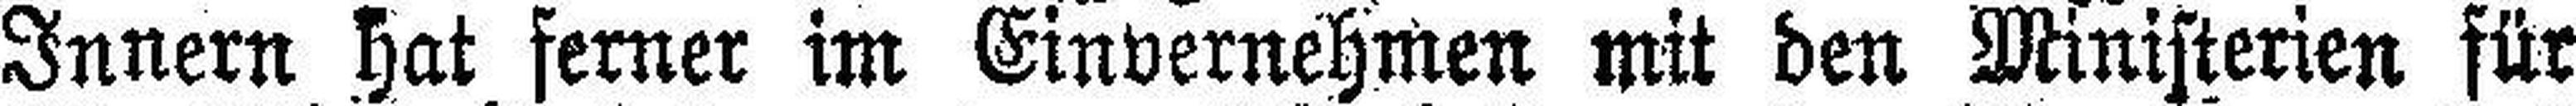
Innern hat ferner im Einvernehmen mit den Ministerien für